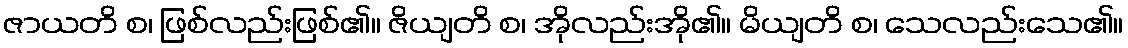
ဇာယတိ စ၊ ဖြစ်လည်းဖြစ်၏။ ဇိယျတိ စ၊ အိုလည်းအို၏။ မိယျတိ စ၊ သေလည်းသေ၏။